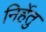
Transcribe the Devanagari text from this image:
निर्हेतु